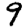
Digit: 9